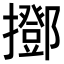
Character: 𢸞